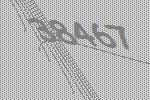
38467